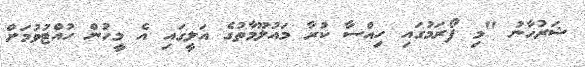
ޝަރުހާނު "މި ފޯރަމުގައި ހިއްސާ ކުރާ މައުލޫމާތުގެ އަލީގައި އެ މީހުން ހުއްޓުވުމަށް